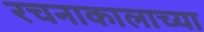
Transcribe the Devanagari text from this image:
रचनाकालाच्या